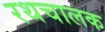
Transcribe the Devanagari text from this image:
रथचालक